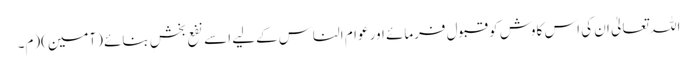
اللہ تعالیٰ ان کی اس کاوش کو قبول فرمائے اور عوام الناس کےلیے اسے نفع بخش بنائے (آمین)(م۔